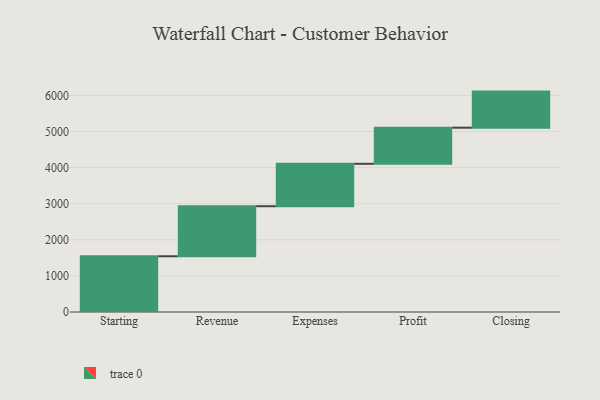
{"axis": {"x": "Step", "y": "Value"}, "legend": [""], "data": [{"x": "Starting", "y": 1544.0, "type": ""}, {"x": "Revenue", "y": 1386.0, "type": ""}, {"x": "Expenses", "y": 1175.0, "type": ""}, {"x": "Profit", "y": 1000, "type": ""}, {"x": "Closing", "y": 1000, "type": ""}]}